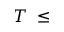
T \ \leq